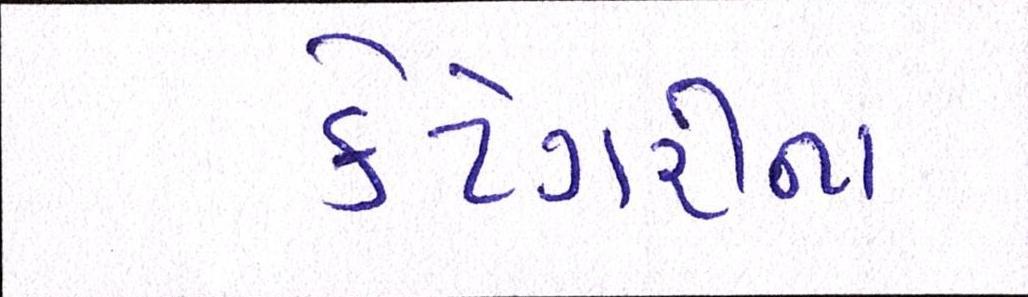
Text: કેટેગરીના